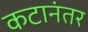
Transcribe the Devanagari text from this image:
कटानंतर